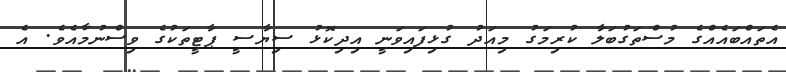
އެތައްބައެއްގެ މުސްތަގުބަލާ ކުރިމަގު މިއަދު ގުޅިފައިވަނީ އިދިކޮޅު ސިޔާސީ ޕާޓީތަކުގެ ވިސްނުމާއެވެ. އެ